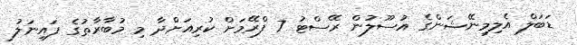
ޑަބަލް އެލިމިނޭޝަންގެ އުސޫލުން ރޭސްޓު 7 ފްރޭމަށް ކުރިއަށްދާ މި މުބާރާތުގެ ފައިނަލު